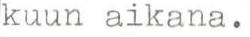
kuun aikana.